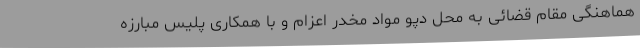
هماهنگی مقام قضائی به محل دپو مواد مخدر اعزام و با همکاری پلیس مبارزه